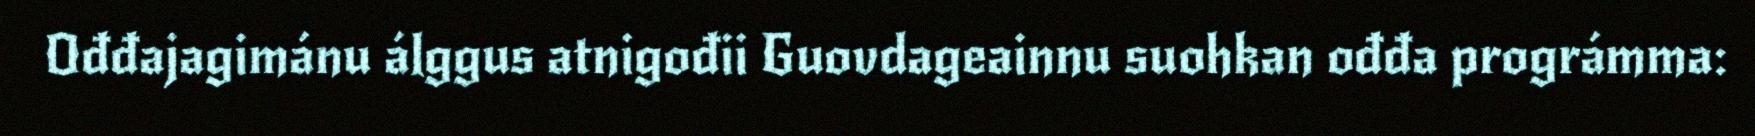
Ođđajagimánu álggus atnigođii Guovdageainnu suohkan ođđa prográmma: